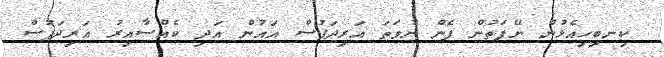
ކިނބިިހިއެޅުން ނޭފަތުން ފެން ނުވަތަ އަރިދަފުސް އައުން އަދި ކެއްސާއިރު އަރިދަފުސް